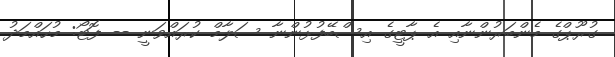
ގުރޫޕްގެ މެންބަރުންނާއި އެ ޕާޓީގެ އިސްބޭފުޅުންނާ ސަލާމް ކުރައްވަނީ -- ފޮޓޯ: މުހައްމަދު